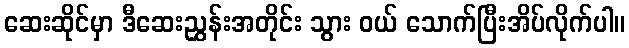
ဆေးဆိုင်မှာ ဒီဆေးညွှန်းအတိုင်း သွား ဝယ် သောက်ပြီးအိပ်လိုက်ပါ။